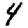
Digit: 4